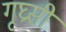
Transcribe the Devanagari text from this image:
गृघ्रसी